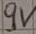
Text: 9V